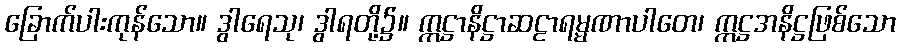
ခြောက်ပါးကုန်သော။ ဒွါရေသု၊ ဒွါရတို့၌။ ဣဋ္ဌာနိဋ္ဌာဆဠာရမ္မဏာပါတေ၊ ဣဋ္ဌအနိဋ္ဌဖြစ်သော